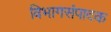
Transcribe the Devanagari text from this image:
विभागसंपादक